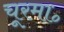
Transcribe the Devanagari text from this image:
चूरमा॰